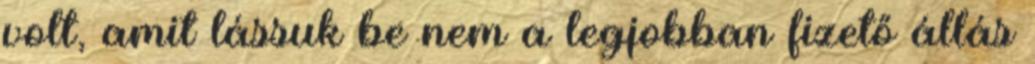
volt, amit lássuk be nem a legjobban fizető állás